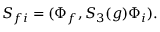
S _ { f i } = ( \Phi _ { f } , S _ { 3 } ( g ) \Phi _ { i } ) .